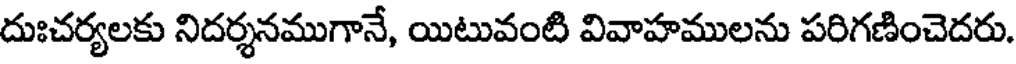
దుఃచర్యలకు నిదర్శనముగానే, యిటువంటి వివాహములను పరిగణించెదరు.